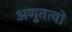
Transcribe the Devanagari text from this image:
अणुतत्वों